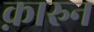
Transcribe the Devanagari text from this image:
क़ारुन